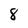
Character: 8